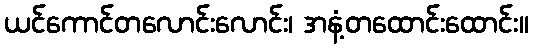
ယင်ကောင်တလောင်းလောင်း၊ အနံ့တထောင်းထောင်း။